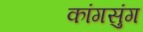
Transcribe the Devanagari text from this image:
कांगसुंग